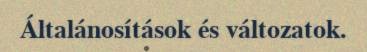
Általánosítások és változatok.